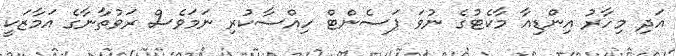
އަދި މިހާރު އިންޑިއާ މާކެޓުގެ ނުވަ ޕަސެންޓް ހިއްސާކުރި ނަމަވެސް ރަވުތާނާގެ އަމާޒަކީ